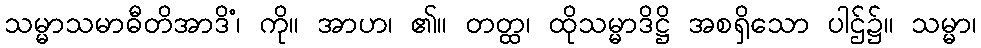
သမ္မာသမာဓီတိအာဒိံ၊ ကို။ အာဟ၊ ၏။ တတ္ထ၊ ထိုသမ္မာဒိဋ္ဌိ အစရှိသော ပါဌ်၌။ သမ္မာ၊